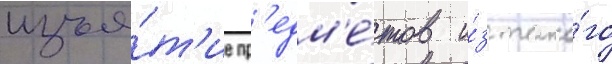
изъя́т'ие пр'едм'е́тов и́з тако́го